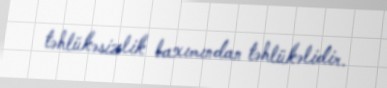
təhlükəsizlik baxımından təhlükəlidir.